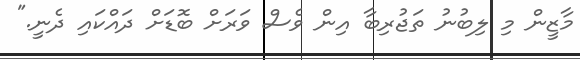
މާޒީން މި ލިބުނު ތަޖުރިބާ އިން ވެސް ވަރަށް ބޮޑަށް ދައްކައި ދެނީ."